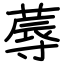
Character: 蓐